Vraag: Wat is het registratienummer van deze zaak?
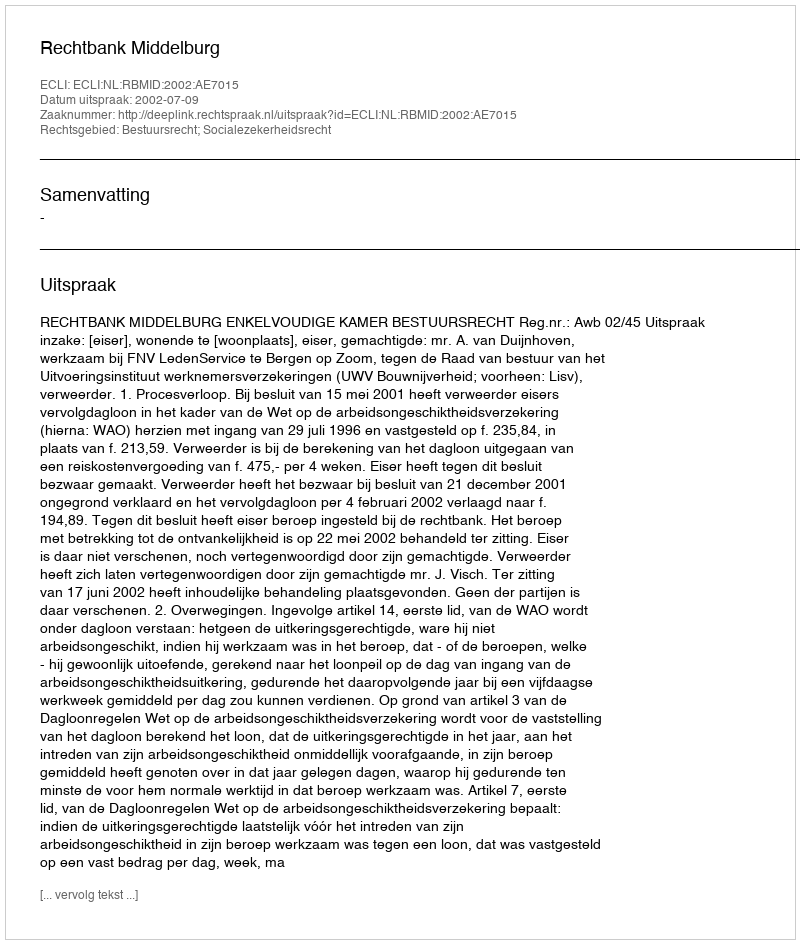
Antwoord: http://deeplink.rechtspraak.nl/uitspraak?id=ECLI:NL:RBMID:2002:AE7015